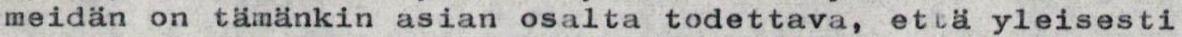
meidän on tämänkin asian osalta todettava, että yleisesti